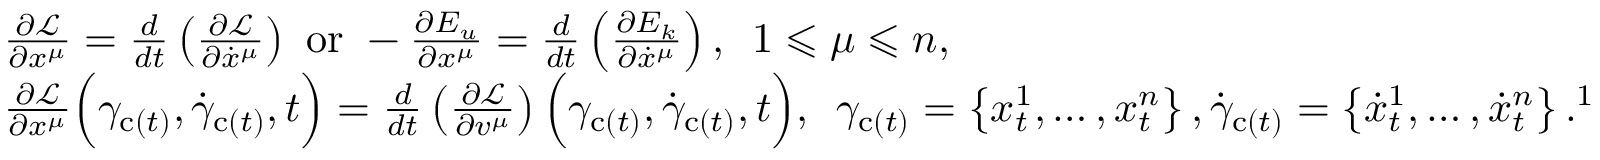
\begin{array} { r l } & { \frac { \partial \mathscr { L } } { \partial x ^ { \mu } } = \frac { d } { d t } \left( \frac { \partial \mathscr { L } } { \partial \dot { x } ^ { \mu } } \right) \mathrm { ~ o r ~ } - \frac { \partial E _ { u } } { \partial x ^ { \mu } } = \frac { d } { d t } \left( \frac { \partial E _ { k } } { \partial \dot { x } ^ { \mu } } \right) , \enspace 1 \leqslant \mu \leqslant n , } \\ & { \frac { \partial \mathscr { L } } { \partial x ^ { \mu } } \Bigl ( \gamma _ { \mathrm { c } ( t ) } , \dot { \gamma } _ { \mathrm { c } ( t ) } , t \Bigr ) = \frac { d } { d t } \left( \frac { \partial \mathscr { L } } { \partial v ^ { \mu } } \right) \Bigl ( \gamma _ { \mathrm { c } ( t ) } , \dot { \gamma } _ { \mathrm { c } ( t ) } , t \Bigr ) , \enspace \gamma _ { \mathrm { c } ( t ) } = \left\{ x _ { t } ^ { 1 } , \mathellipsis , x _ { t } ^ { n } \right\} , \dot { \gamma } _ { \mathrm { c } ( t ) } = \left\{ \dot { x } _ { t } ^ { 1 } , \mathellipsis , \dot { x } _ { t } ^ { n } \right\} . \footnotemark } \end{array}